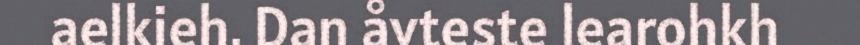
aelkieh. Dan åvteste learohkh